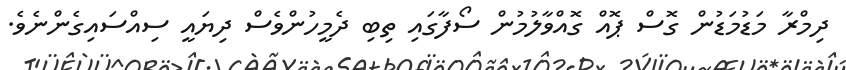
ދިމްރާ މަޑުމަޑުން ގޮސް ޕޮއް ގޮއްވާލުމުން ސޯފާގައި ތިބި ދެމީހުންވެސް ދިޔައީ ސިއްސައިގެންނެވެ.